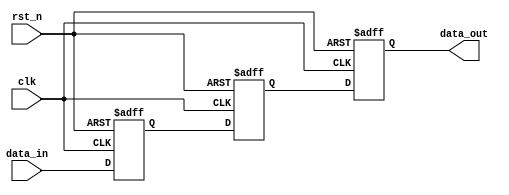
// This program was cloned from: https://github.com/huangxc6/verilog_practice
// License: MIT License

module data1c_sync #(
	parameter DW = 8,   // data width
	parameter STAGE = 3 // the number of sync stage
	)(
	input clk,    // Clock
	input rst_n,  // Asynchronous reset active low
	input [DW-1:0] data_in,
	output [DW-1:0] data_out
);
	reg [DW-1 : 0] data_r [STAGE-1 : 0] ;

	integer i;
	always @(posedge clk or negedge rst_n) begin
		if (rst_n == 1'b0) begin
			for (i = 0; i < STAGE; i = i + 1) begin
				data_r[i] <= {DW{1'b0}} ;
			end
		end
		else begin
			data_r[0] <= data_in ;
			for (i = 1; i < STAGE; i = i + 1) begin
				data_r[i] <= data_r[i-1] ;
			end
		end
	end

	assign data_out = data_r[STAGE-1] ;

endmodule